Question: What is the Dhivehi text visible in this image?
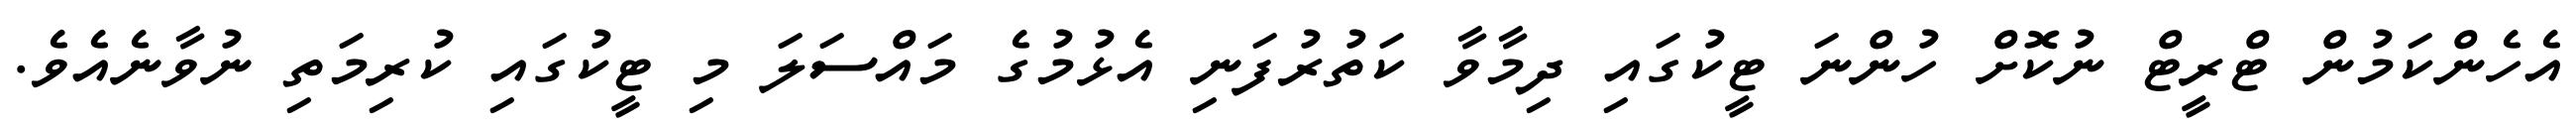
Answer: އެހެންކަމުން ޓްރީޓް ނުކޮށް ހުންނަ ޓީކުގައި ދިމާވާ ކަތުރުފަނި އެޅުމުގެ މައްސަލަ މި ޓީކުގައި ކުރިމަތި ނުވާނެއެވެ.